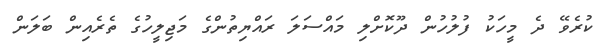
ކުރެވޭ ދެ މީހަކު ފުލުހުން ދޫކޮށްލި މައްސަލަ ރައްޔިތުންގެ މަޖިލީހުގެ ތެރެއިން ބަލަން